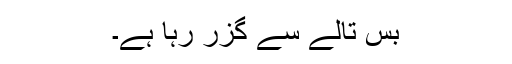
بس تالے سے گزر رہا ہے۔